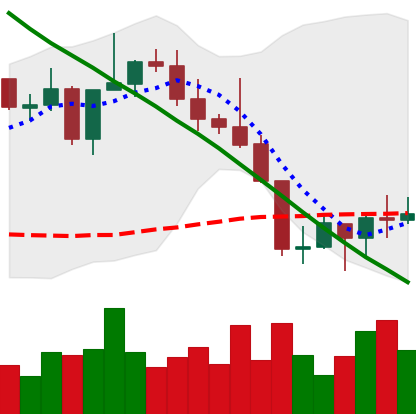
Ticker: NEO-USD
Chart end date: 2022-08-25
Forward return: -9.395%
Label: down_7plus